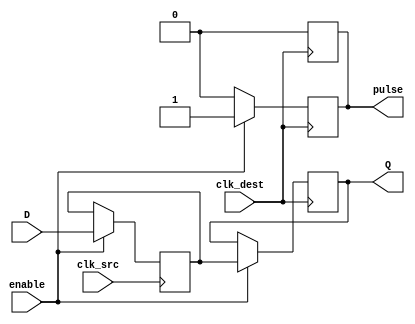
module pulsed_synchronizer (
    input wire D,            // Data input from the source clock domain
    input wire clk_src,     // Clock input from the source clock domain
    input wire clk_dest,    // Clock input from the destination clock domain
    input wire enable,       // Optional control signal to enable/disable synchronization
    output reg Q,           // Synchronized output in the destination clock domain
    output reg pulse        // Pulsed control signal indicating valid synchronized data
);

    // Internal Signals
    reg D_sync1; // Intermediate signal after the first flip-flop

    // First Stage: Synchronize D to clk_src
    always @(posedge clk_src) begin
        if (enable) begin
            D_sync1 <= D; // Sample D at the rising edge of clk_src
        end
    end

    // Second Stage: Synchronize D_sync1 to clk_dest
    always @(posedge clk_dest) begin
        if (enable) begin
            Q <= D_sync1; // Capture the synchronized data on the rising edge of clk_dest
            pulse <= 1'b1; // Generate a pulse to indicate valid data
        end else begin
            pulse <= 1'b0; // Clear the pulse if not enabled
        end
    end
    
    // Generate a pulse for one clock cycle
    always @(posedge clk_dest) begin
        if (pulse) begin
            pulse <= 1'b0; // Reset the pulse after one clock cycle
        end
    end

endmodule